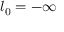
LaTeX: l _ { 0 } = - \infty